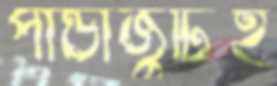
পান্ডাজুটিই